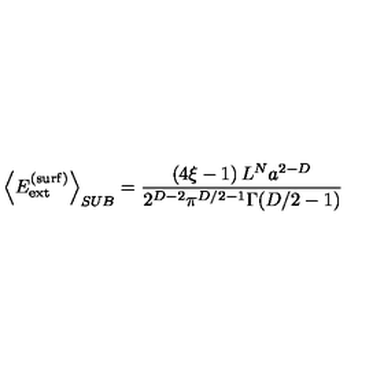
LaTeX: \left\langle E _ { \mathrm { e x t } } ^ { \mathrm { ( s u r f ) } } \right\rangle _ { S U B } = \frac { \left( 4 \xi - 1 \right) L ^ { N } a ^ { 2 - D } } { 2 ^ { D - 2 } \pi ^ { D / 2 - 1 } \Gamma ( D / 2 - 1 ) }